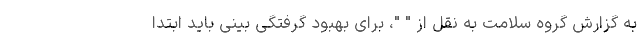
به گزارش گروه سلامت به نقل از " "، برای بهبود گرفتگی بینی باید ابتدا